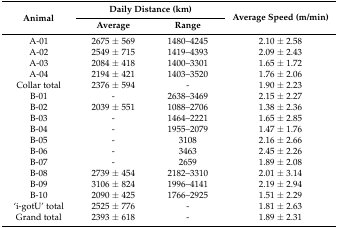
<table><thead><tr><td rowspan="2"><b>Animal</b></td><td colspan="2"><b>Daily Distance (km)</b></td><td rowspan="2"><b>Average Speed (m/min)</b></td></tr><tr><td><b>Average</b></td><td><b>Range</b></td></tr></thead><tbody><tr><td>A-01</td><td>2675 ± 569</td><td>1480–4245</td><td>2.10 ± 2.58</td></tr><tr><td>A-02</td><td>2549 ± 715</td><td>1419–4393</td><td>2.09 ± 2.43</td></tr><tr><td>A-03</td><td>2084 ± 418</td><td>1400–3301</td><td>1.65 ± 1.72</td></tr><tr><td>A-04</td><td>2194 ± 421</td><td>1403–3520</td><td>1.76 ± 2.06</td></tr><tr><td>Collar total</td><td>2376 ± 594</td><td>-</td><td>1.90 ± 2.23</td></tr><tr><td>B-01</td><td>-</td><td>2638–3469</td><td>2.15 ± 2.27</td></tr><tr><td>B-02</td><td>2039 ± 551</td><td>1088–2706</td><td>1.38 ± 2.36</td></tr><tr><td>B-03</td><td>-</td><td>1464–2221</td><td>1.65 ± 2.85</td></tr><tr><td>B-04</td><td>-</td><td>1955–2079</td><td>1.47 ± 1.76</td></tr><tr><td>B-05</td><td>-</td><td>3108</td><td>2.16 ± 2.66</td></tr><tr><td>B-06</td><td>-</td><td>3463</td><td>2.45 ± 2.26</td></tr><tr><td>B-07</td><td>-</td><td>2659</td><td>1.89 ± 2.08</td></tr><tr><td>B-08</td><td>2739 ± 454</td><td>2182–3310</td><td>2.01 ± 3.14</td></tr><tr><td>B-09</td><td>3106 ± 824</td><td>1996–4141</td><td>2.19 ± 2.94</td></tr><tr><td>B-10</td><td>2090 ± 425</td><td>1766–2925</td><td>1.51 ± 2.29</td></tr><tr><td>‘i-gotU’ total</td><td>2525 ± 776</td><td>-</td><td>1.81 ± 2.63</td></tr><tr><td>Grand total</td><td>2393 ± 618</td><td>-</td><td>1.89 ± 2.31</td></tr></tbody></table>